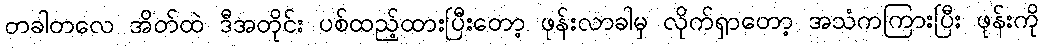
တခါတလေ အိတ်ထဲ ဒီအတိုင်း ပစ်ထည့်ထားပြီးတော့ ဖုန်းလာခါမှ လိုက်ရှာတော့ အသံကကြားပြီး ဖုန်းကို